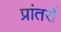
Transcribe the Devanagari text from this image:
प्रांतरों